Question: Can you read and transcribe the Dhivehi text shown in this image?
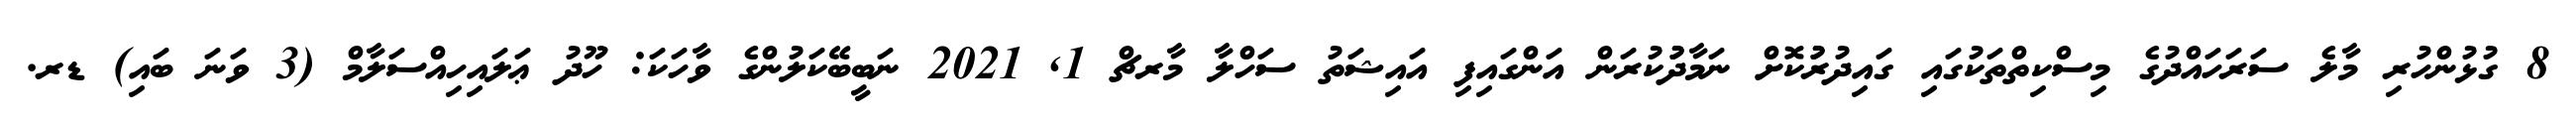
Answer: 8 ގުޅުންހުރި މާލެ ސަރަހައްދުގެ މިސްކިތްތަކުގައި ގައިދުރުުކޮށް ނަމާދުުކުރަން އަންގައިފި އައިޝަތު ސަހްލާ މާރޗް 1, 2021 ނަބީބޭކަލުންގެ ވާހަކަ: ހޫދު ޢަލައިހިއްސަލާމް (3 ވަނަ ބައި) ޑރ.